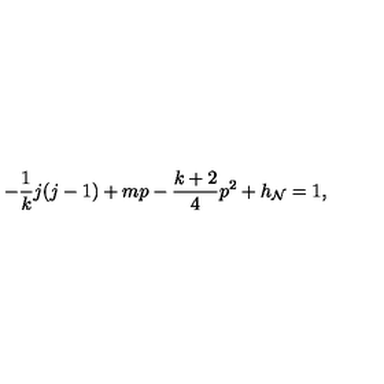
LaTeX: - \frac { 1 } { k } j ( j - 1 ) + m p - \frac { k + 2 } { 4 } p ^ { 2 } + h _ { \cal N } = 1 ,